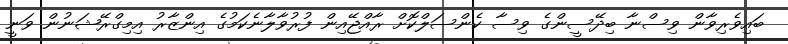
ބައިވެރިވާން ވިސްނާ ބިދޭސީންގެ ވިސާ ކެންސަލްކޮށް ރާއްޖޭއިން ފުރުވާލާނެކަމުގެ އިންޒާރު އިމިގްރޭޝަނުން ވަނީ